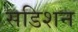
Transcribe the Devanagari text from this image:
सडिशन